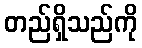
တည်ရှိသည်ကို